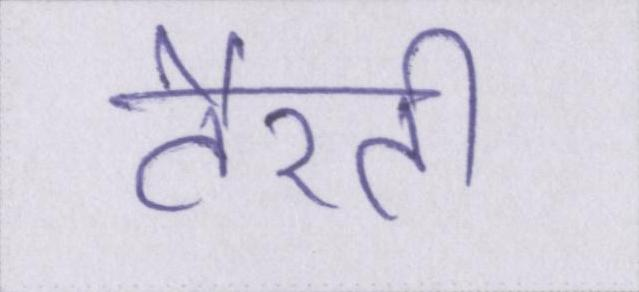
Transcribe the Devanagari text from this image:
तैरती